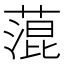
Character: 𦹲